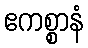
ဧကစ္စာနံ